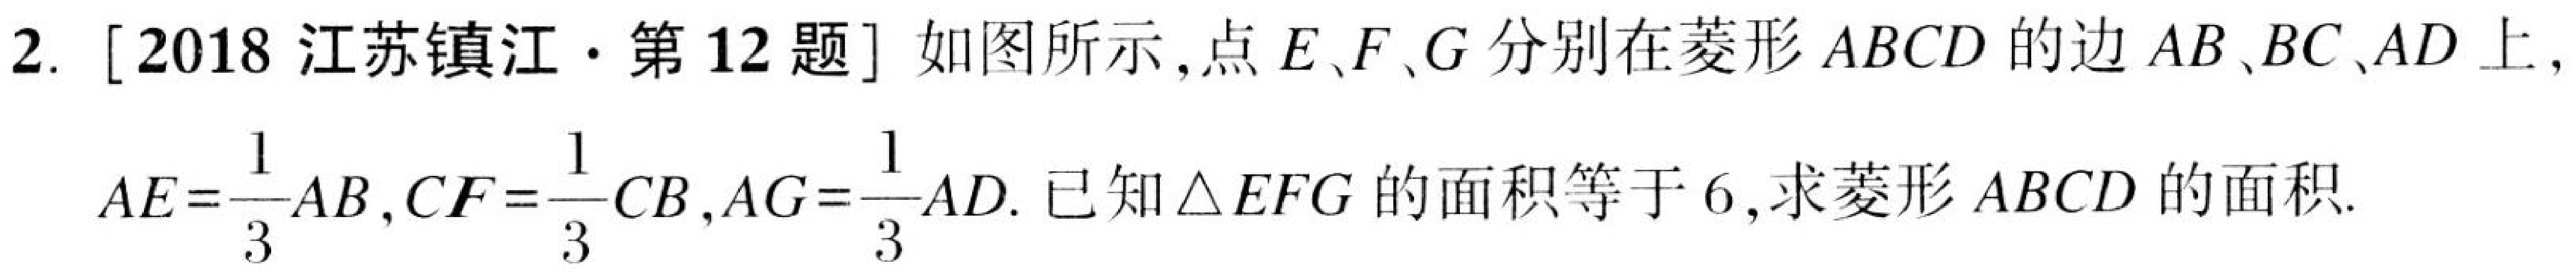
2. [2018 江苏镇江·第12题] 如图所示，点\(E、F、G\)分别在菱形\(ABCD\)的边\(AB、BC、AD\)上，\(AE = \dfrac{1}{3}AB\)，\(CF = \dfrac{1}{3}CB\)，\(AG = \dfrac{1}{3}AD\). 已知\(\triangle EFG\)的面积等于\(6\)，求菱形\(ABCD\)的面积.